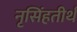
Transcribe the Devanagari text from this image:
नृसिंहतीर्थ